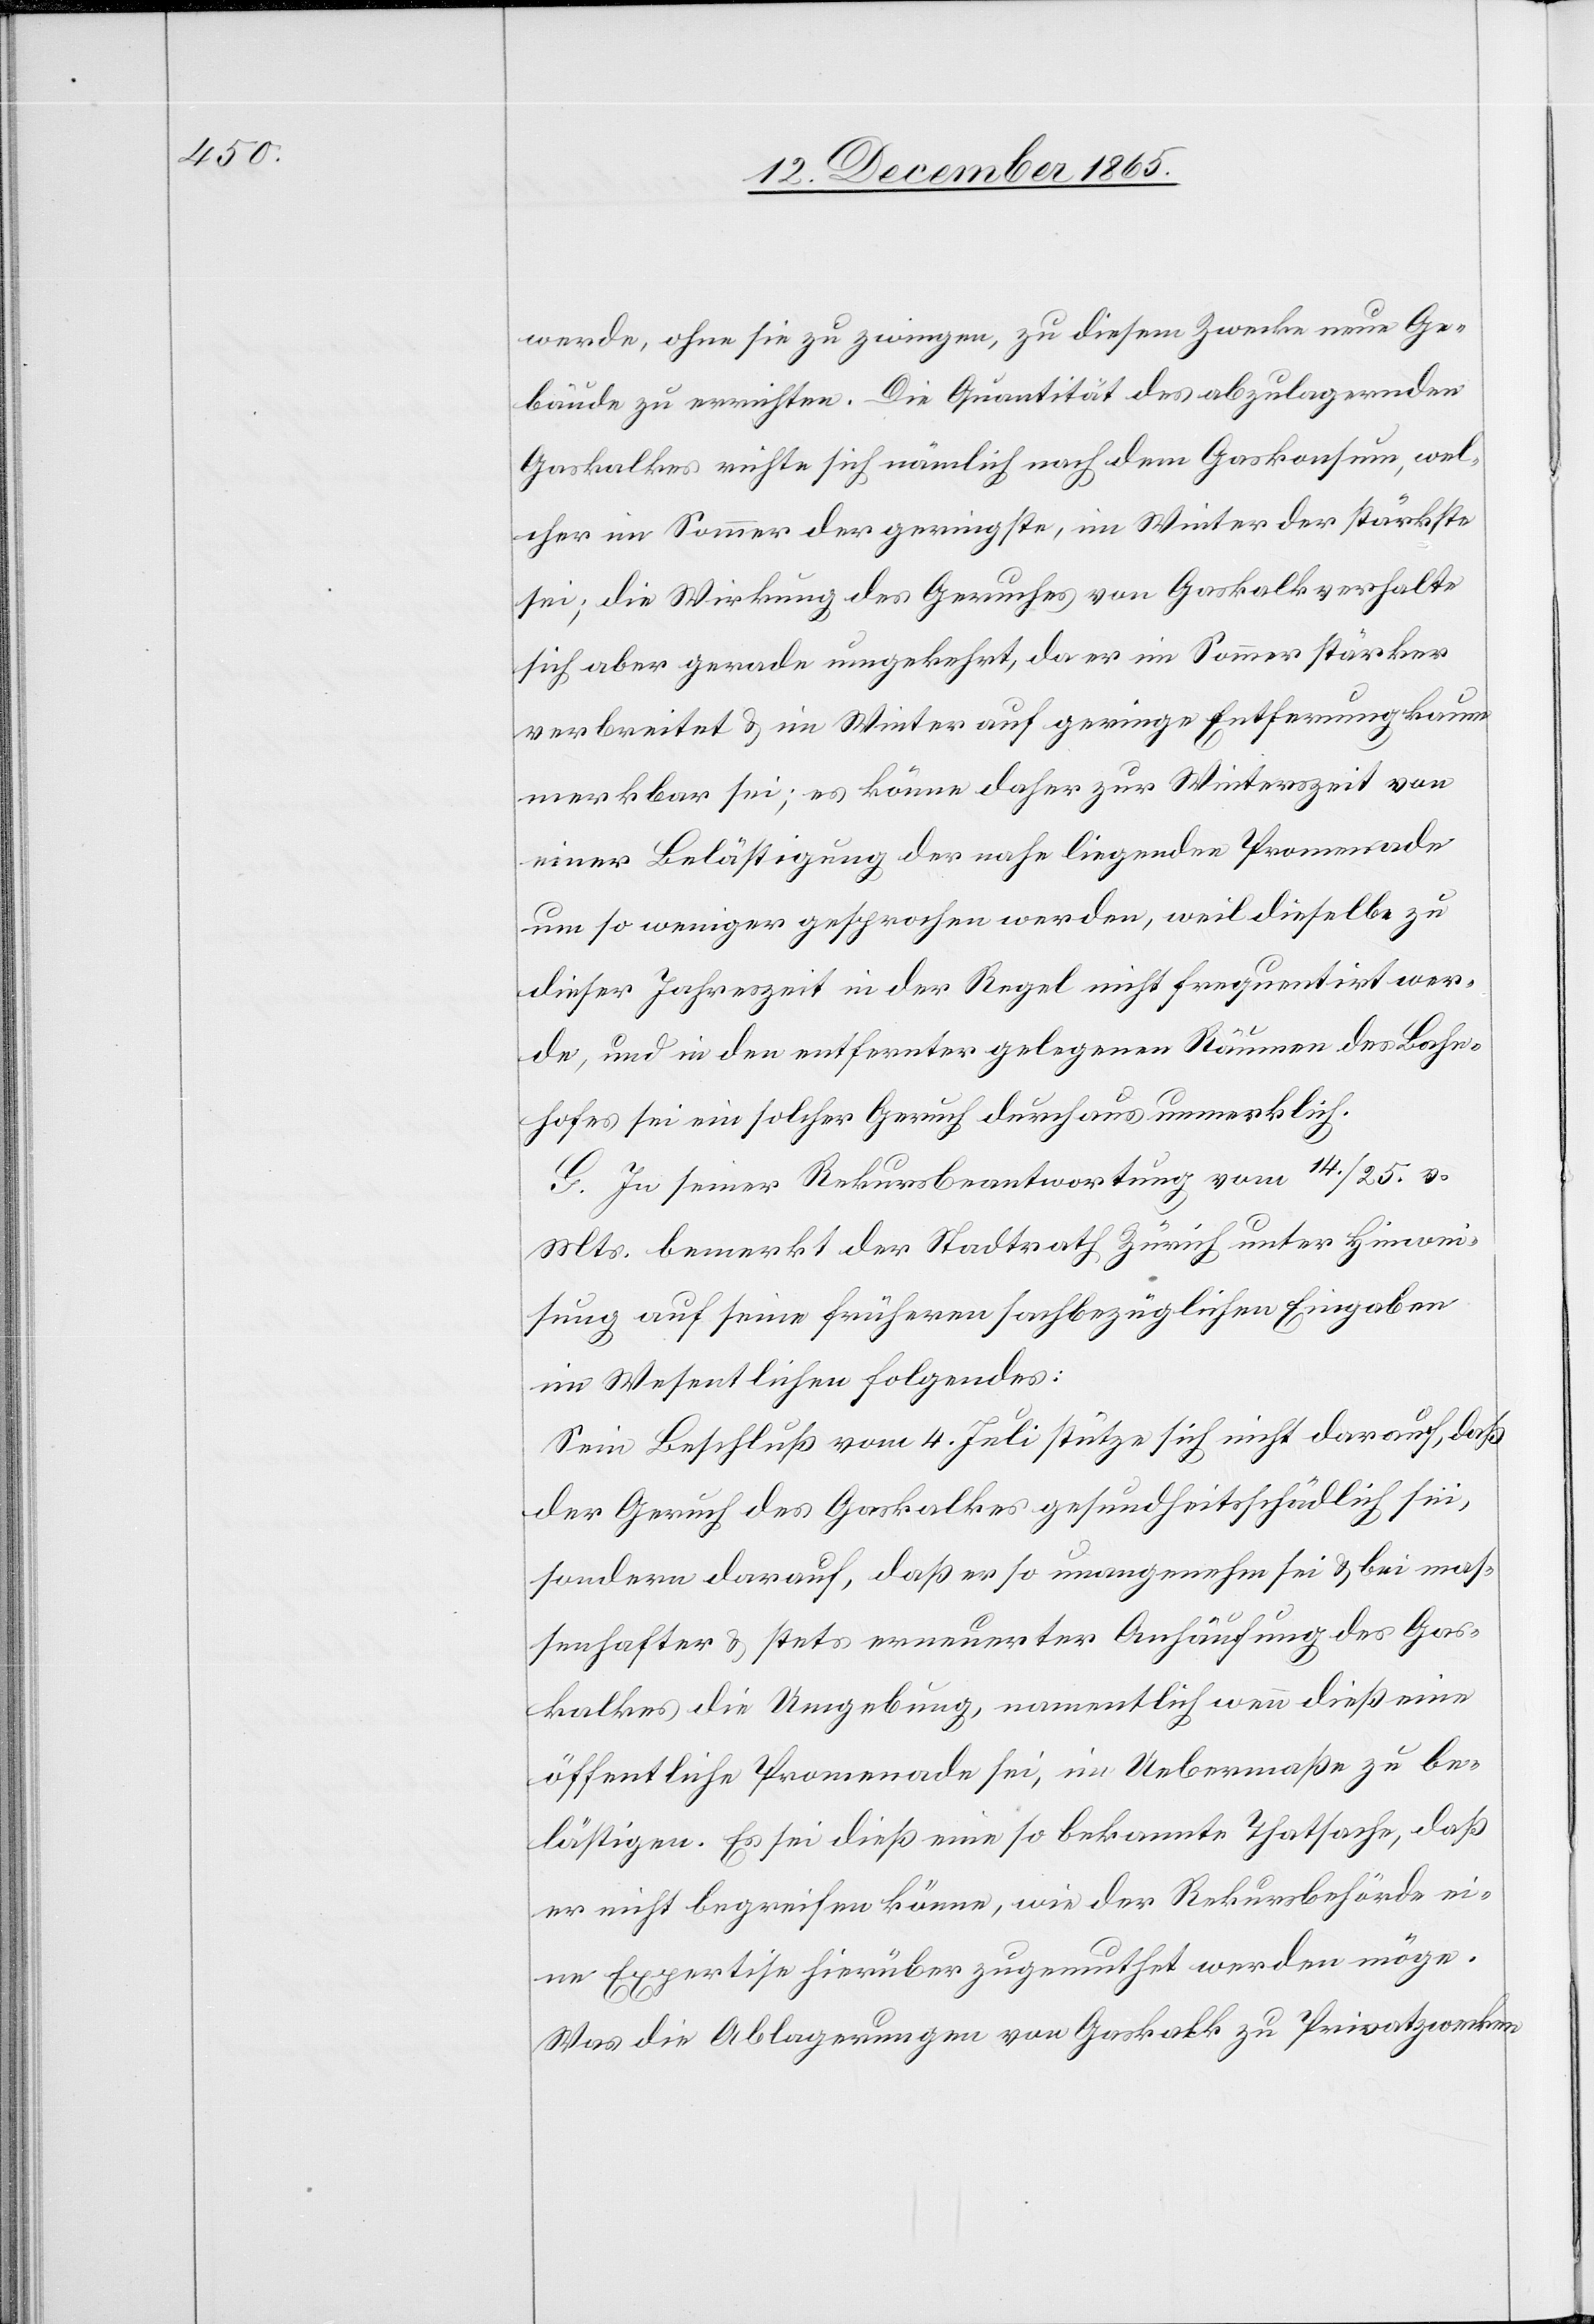
werde, ohne sie zu zwingen, zu diesem Zwecke neue Ge¬
bäude zu errichten. Die Qualität des abzulagernden
Gaskalkes richte sich nämlich nach dem Gaskonsum, wel¬
cher im Sommer der geringste, im Winter der stärkste
sei; die Wirkung des Geruches von Gaskalk verhalte
sich aber gerade umgekehrt, da er im Sommer stärker
verbreitet & im Winter auf geringe Entfernung kaum
merkbar sei; es könne daher zur Winterzeit von
einer Belästigung der nahe liegenden Promenade
um so weniger gesprochen werden, weil dieselbe zu
dieser Jahreszeit in der Regel nicht frequentiert wer¬
de, und in den entfernter gelegenen Räumen des Bahn¬
hofes sei ein solcher Geruch durchaus unmerklich.
G. In seiner Rekursbeantwortung vom 14./25. v.
Mts. bemerkt der Stadtrath Zürich unter Hinwei¬
sung auf seine früheren sachbezüglichen Eingaben
im Wesentlichen folgendes:
Sein Beschluß vom 4. Juli stütze sich nicht darauf, daß
der Geruch des Gaskalkes gesundheitsschädlich sei,
sondern darauf, daß er so unangenehm sei & bei mas¬
senhafter & stets erneuerter Anhäufung des Gas¬
kalkes die Umgebung, namentlich wenn dieß eine
öffentliche Promenade sei, im Uebermaße zu be¬
lästigen. Es sei dieß eine so bekannte Thatsache, daß
er nicht begreifen könne, wie der Rekursbehörde ei¬
ne Expertise hierüber zugemuthet werden möge.
Was die Ablagerungen von Gaskalk zu Privatzwecken